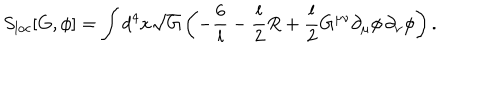
S _ { \mathrm { l o c } } [ G , \phi ] = \int d ^ { 4 } x \sqrt { G } \left( - \frac { 6 } { l } - { \frac { l } { 2 } } R + { \frac { l } { 2 } } G ^ { \mu \nu } \partial _ { \mu } \phi \, \partial _ { \nu } \phi \right) .